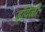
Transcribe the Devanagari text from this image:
ड्रॉवेळी